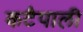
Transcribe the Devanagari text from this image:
कटैपाली